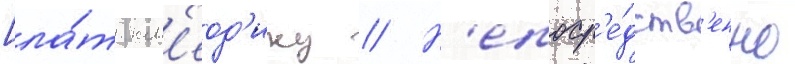
[ла́т. кл'еод'ику // Н'епоср'е́дств'енно